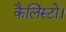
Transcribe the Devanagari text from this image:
कैलिस्टो।